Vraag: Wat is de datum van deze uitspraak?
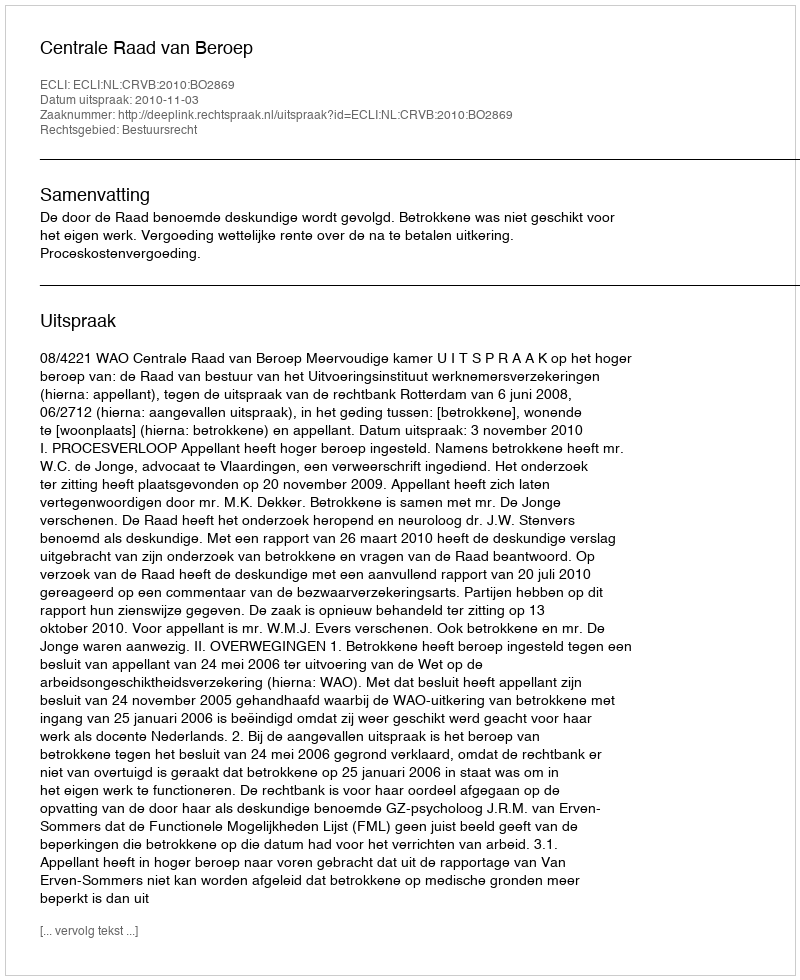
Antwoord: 2010-11-03